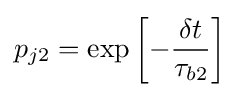
p_{j2}=\exp \left[-{\frac {\delta t}{\tau _{b2}}}\right]